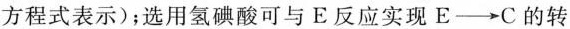
方程式表示);选用氢碘酸可与E反应实现E\longrightarrow C的转